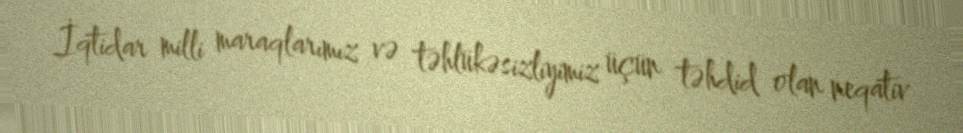
İqtidar milli maraqlarımız və təhlükəsizliyimiz üçün təhdid olan neqativ